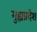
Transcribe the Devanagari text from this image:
गुह्यप्रदेश